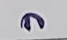
ล